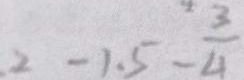
2 - 1 . 5 - \frac { 3 } { 4 }